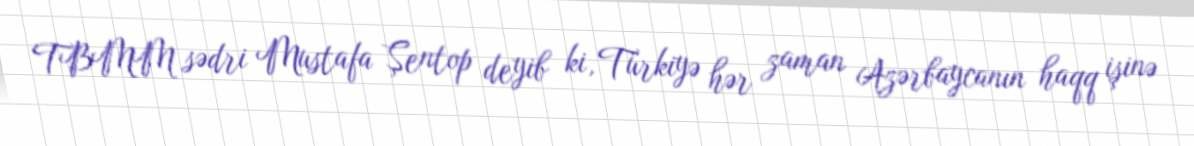
TBMM sədri Mustafa Şentop deyib ki, Türkiyə hər zaman Azərbaycanın haqq işinə